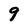
Character: q